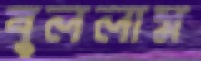
বুললাম